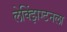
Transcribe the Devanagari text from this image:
लेक्झिंग्टनला